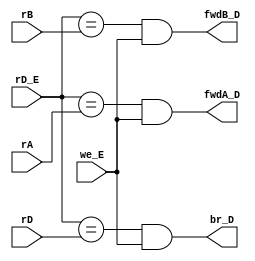
module fu(
	input [4:0] rD_E,
	input [4:0] rA,
	input [4:0] rB,
	input [4:0] rD,
	input we_E,
	output fwdA_D,
	output fwdB_D,
	output br_D
	);

	assign br_D = (rD_E == rD && we_E);
	assign fwdA_D = (rD_E == rA && we_E); // fwd a if ra = ex's rd and ex's rd is valid
	assign fwdB_D = (rD_E == rB && we_E); // fwd b if rb is ex's rd and ex's rd is valid

endmodule